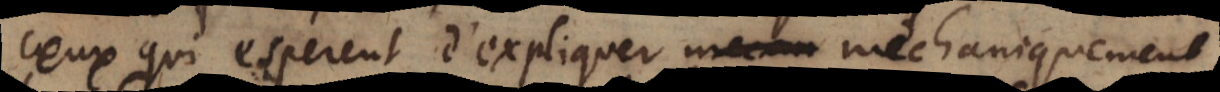
ceux qui esperent d’expliquer mechaniquement